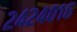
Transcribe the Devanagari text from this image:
२४२४०१६